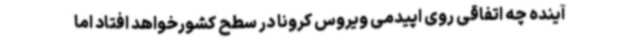
آینده چه اتفاقی روی اپیدمی ویروس کرونا در سطح کشورخواهد افتاد اما